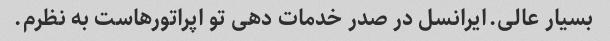
بسیار عالی.ایرانسل در صدر خدمات دهی تو اپراتورهاست به نظرم.